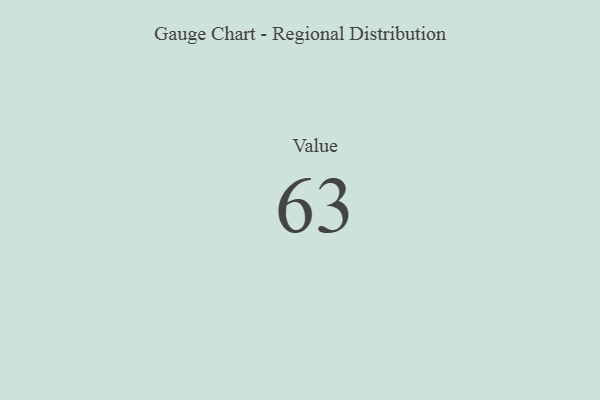
{"axis": {"x": "Metric", "y": "Value"}, "legend": [""], "data": [{"x": "Value", "y": 63, "type": ""}]}